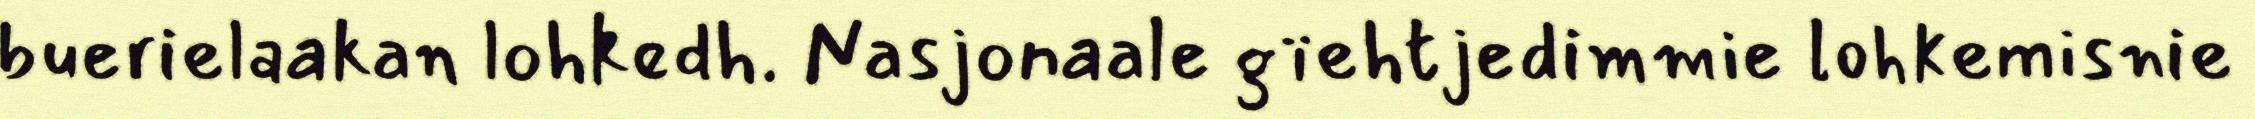
buerielaakan lohkedh. Nasjonaale gïehtjedimmie lohkemisnie